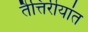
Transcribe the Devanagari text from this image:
तैत्तिरीयांत